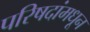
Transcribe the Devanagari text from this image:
परिषदांमधून